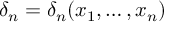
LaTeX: \delta _ { n } = \delta _ { n } ( x _ { 1 } , \ldots , x _ { n } )